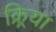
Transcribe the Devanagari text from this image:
क्र्रिया